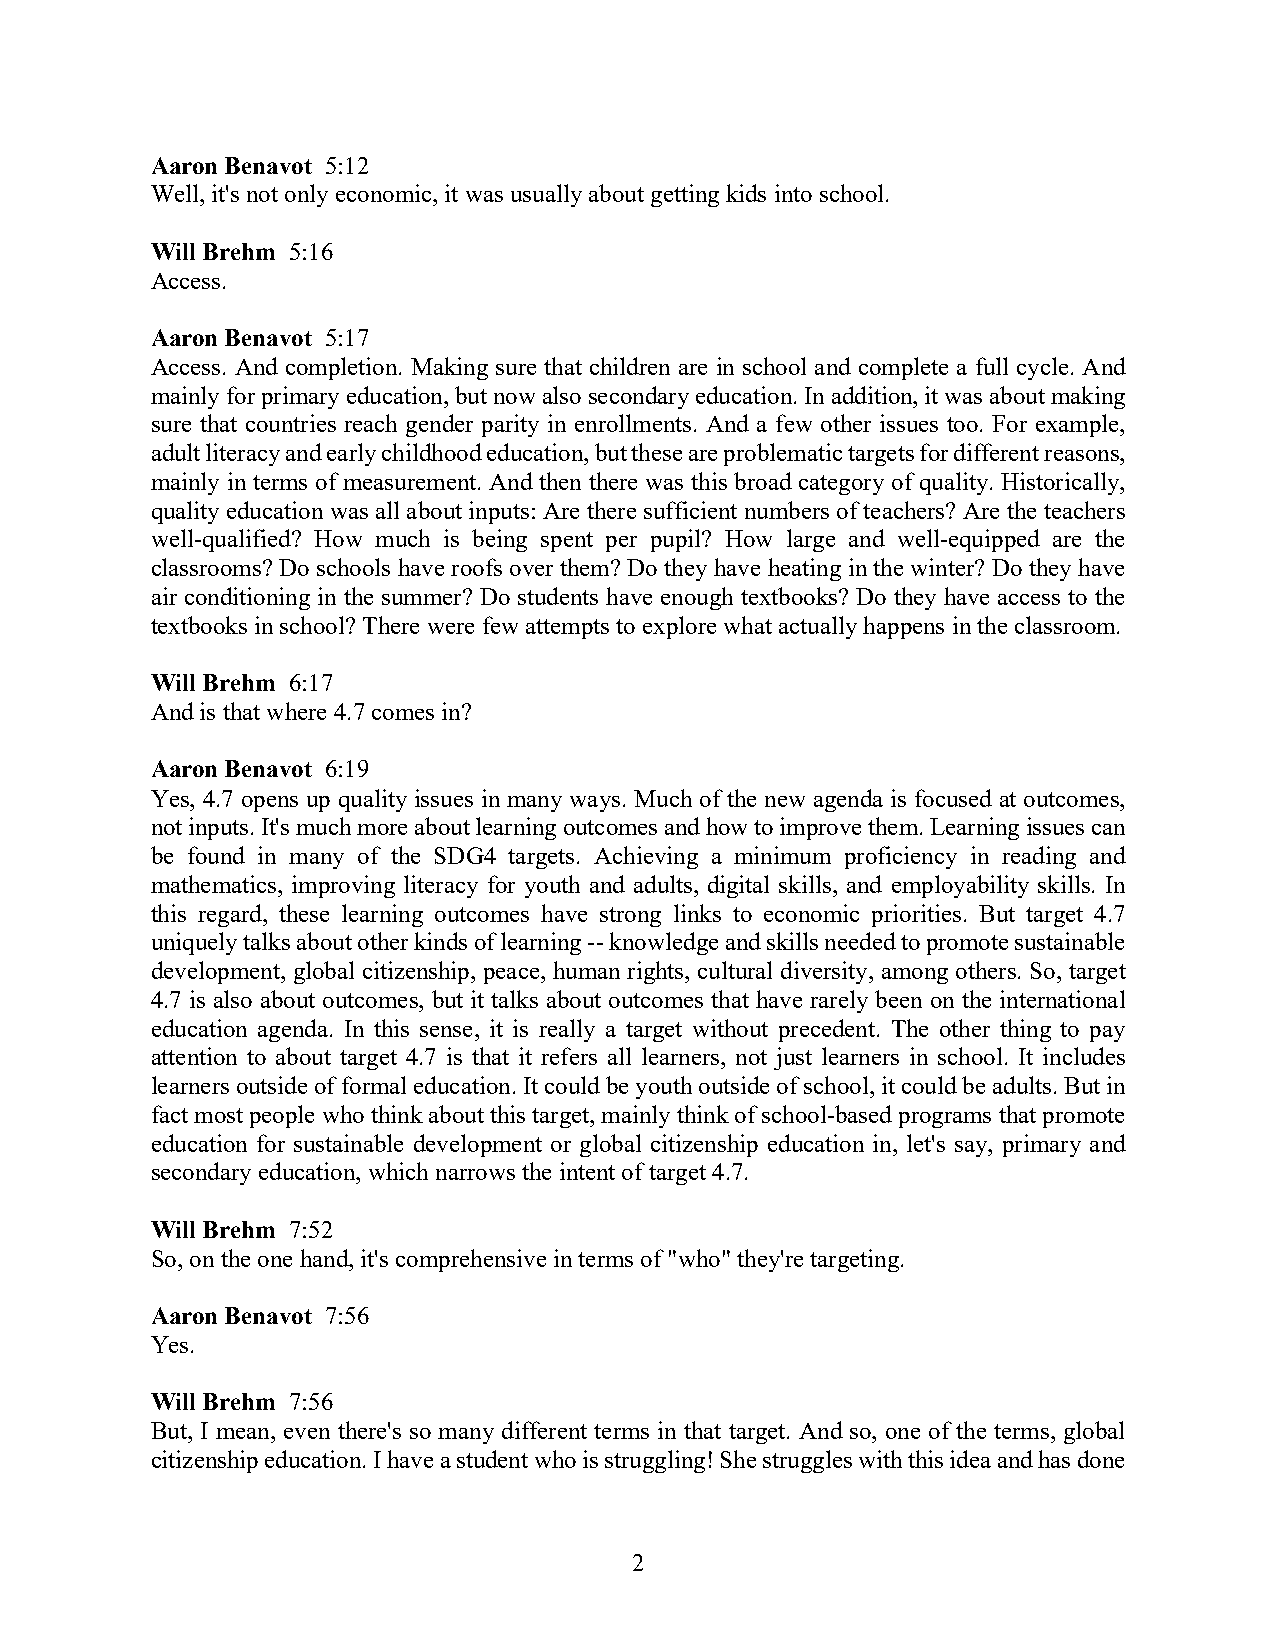
Aaron Benavot 5:12
 Well, it's not only economic, it was usually about getting kids into school.
 Will Brehm 5:16
 Access.
 Aaron Benavot 5:17
 Access. And completion. Making sure that children are in school and complete a full cycle. And
 mainly for primary education, but now also secondary education. In addition, it was about making
 sure that countries reach gender parity in enrollments. And a few other issues too. For example,
 adult literacy and early childhood education, but these are problematic targets for different reasons,
 mainly in terms of measurement. And then there was this broad category of quality. Historically,
 quality education was all about inputs: Are there sufficient numbers of teachers? Are the teachers
 well-qualified? How much is being spent per pupil? How large and well-equipped are the
 classrooms? Do schools have roofs over them? Do they have heating in the winter? Do they have
 air conditioning in the summer? Do students have enough textbooks? Do they have access to the
 textbooks in school? There were few attempts to explore what actually happens in the classroom.
 Will Brehm 6:17
 And is that where 4.7 comes in?
 Aaron Benavot 6:19
 Yes, 4.7 opens up quality issues in many ways. Much of the new agenda is focused at outcomes,
 not inputs. It's much more about learning outcomes and how to improve them. Learning issues can
 be found in many of the SDG4 targets. Achieving a minimum proficiency in reading and
 mathematics, improving literacy for youth and adults, digital skills, and employability skills. In
 this regard, these learning outcomes have strong links to economic priorities. But target 4.7
 uniquely talks about other kinds of learning -- knowledge and skills needed to promote sustainable
 development, global citizenship, peace, human rights, cultural diversity, among others. So, target
 4.7 is also about outcomes, but it talks about outcomes that have rarely been on the international
 education agenda. In this sense, it is really a target without precedent. The other thing to pay
 attention to about target 4.7 is that it refers all learners, not just learners in school. It includes
 learners outside of formal education. It could be youth outside of school, it could be adults. But in
 fact most people who think about this target, mainly think of school-based programs that promote
 education for sustainable development or global citizenship education in, let's say, primary and
 secondary education, which narrows the intent of target 4.7.
 Will Brehm 7:52
 So, on the one hand, it's comprehensive in terms of "who" they're targeting.
 Aaron Benavot 7:56
 Yes.
 Will Brehm 7:56
 But, I mean, even there's so many different terms in that target. And so, one of the terms, global
 citizenship education. I have a student who is struggling! She struggles with this idea and has done
 2